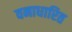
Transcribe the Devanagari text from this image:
वनाधारित